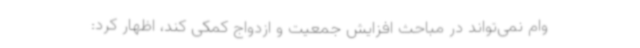
وام نمی‌تواند در مباحث افزایش جمعیت و ازدواج کمکی کند، اظهار کرد: